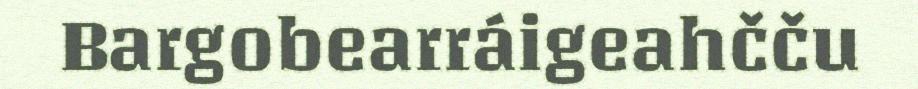
Bargobearráigeahčču